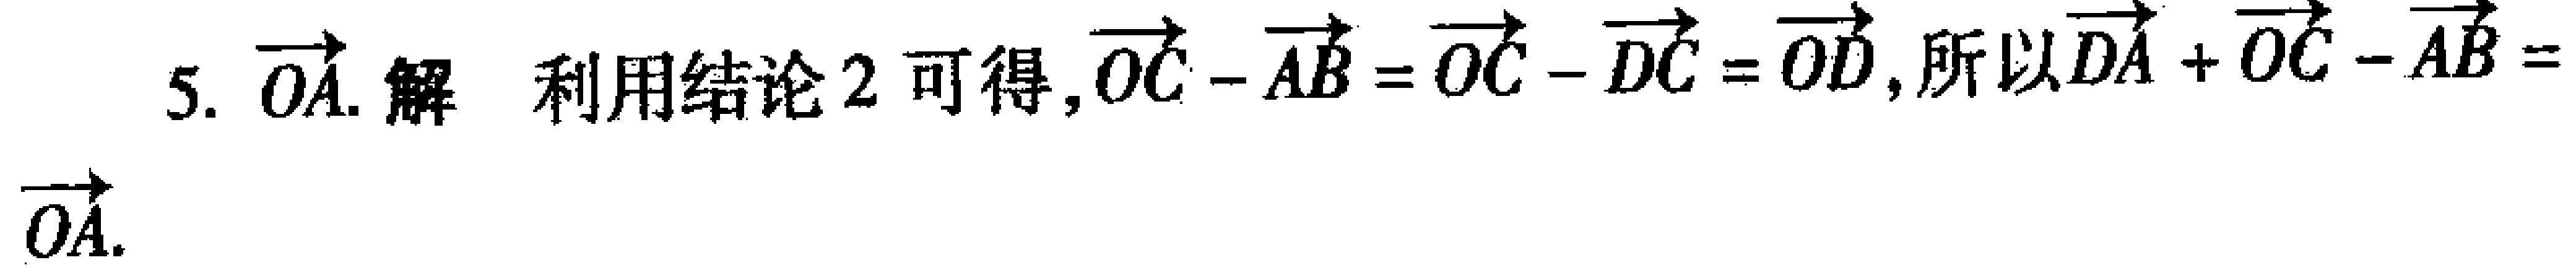
5. $\overrightarrow{OA}$. 解 利用结论2可得, $\overrightarrow{OC}-\overrightarrow{AB}=\overrightarrow{OC}-\overrightarrow{DC}=\overrightarrow{OD}$, 所以$\overrightarrow{DA}+\overrightarrow{OC}-\overrightarrow{AB}=$ $\overrightarrow{OA}$.